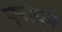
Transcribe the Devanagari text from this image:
एनोयमे